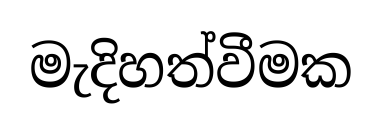
මැදිහත්වීමක